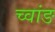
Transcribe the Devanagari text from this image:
च्वांङ